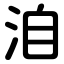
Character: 洎